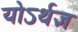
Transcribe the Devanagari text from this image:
योऽर्थज्ञ